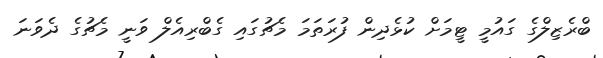
ބްރެޒިލްގެ ގައުމީ ޓީމަށް ކުޅެދިން ފުރަތަމަ މެޗުގައި ގެބްރިއެލް ވަނީ މެޗުގެ ދެވަނަ